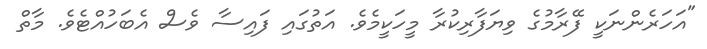
"އަހަރެންނަކީ ފޭރާމުގެ ވިޔަފާރިކުރާ މީހަކީމެވެ. އަތުގައި ފައިސާ ވެސް އެބަހުއްޓެވެ. މާތް